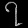
Digit: ၇